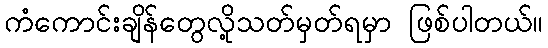
ကံကောင်းချိန်တွေလို့သတ်မှတ်ရမှာ ဖြစ်ပါတယ်။